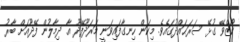
ކޯޒްވޭ ގުޅޭ ސަރަޙައްދުގައެވެ. މިކަން ހިނގާފައިވަނީ މަރަދޫފޭދޫ އާ ދިމާލުން ފޭދޫއަށް ބާރު